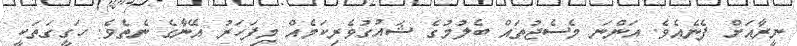
ނީރާއަށް ފެނެއެވެ. އަންނަ މެސެޖުތައް ބެލުމުގެ ޝައުގުވެރިކަމެއް މިފަހަރު އޭނާގެ ނެތެވެ. ހަގީގަތަކީ